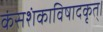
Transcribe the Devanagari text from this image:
कंसशंकाविषादकृत्‌।